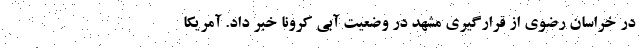
در خراسان رضوی از قرارگیری مشهد در وضعیت آبی کرونا خبر داد. آمریکا